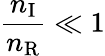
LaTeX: \frac{n_{\mathrm{I}}}{n_{\mathrm{R}}}\ll 1